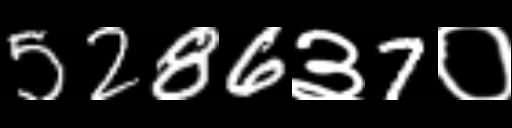
Text: 5286३7०